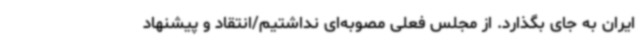
ایران به جای بگذارد. از مجلس فعلی مصوبه‌ای نداشتیم/انتقاد و پیشنهاد